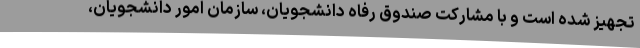
تجهیز شده است و با مشارکت صندوق رفاه دانشجویان، سازمان امور دانشجویان،